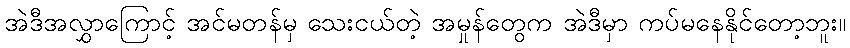
အဲဒီအလွှာကြောင့် အင်မတန်မှ သေးငယ်တဲ့ အမှုန်တွေက အဲဒီမှာ ကပ်မနေနိုင်တော့ဘူး။